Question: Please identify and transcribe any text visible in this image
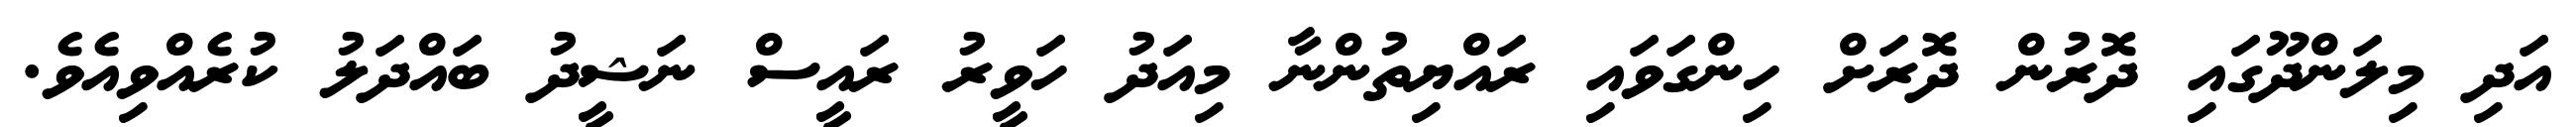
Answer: އަދި މިލަންދޫގައި ދޮރުން ދޮރަށް ހިންގަވައި ރައްޔިތުންނާ މިއަދު ހަވީރު ރައީސް ނަޝީދު ބައްދަލު ކުރެއްވިއެވެ.